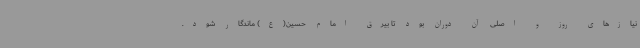
نیازهای روز و اصلی آن دوران بود تا بیرق امام حسین(ع) ماندگار شود.